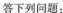
答下列问题：